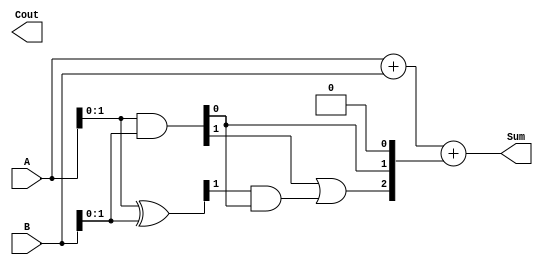
module carry_select_lookahead_adder (
    input wire [31:0] A,
    input wire [31:0] B,
    output reg [31:0] Sum,
    output reg Cout
);

reg [31:0] P, G, C;
reg [31:0] Carry;

assign P = A ^ B;
assign G = A & B;
assign C[0] = 1'b0;

always @ (P or G or C)
begin
    C[1] = G[0] | (P[0] & C[0]);
    C[2] = G[1] | (P[1] & C[1]);
    // Continue for all 32 bits

    // Generate sum
    Sum = A + B + C;
    Cout = C[31];
end

endmodule